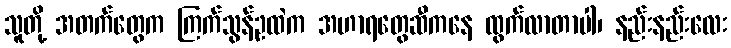
သူတို့ အတက်တွေက ကြက်သွန်ဥထဲက အဟာရတွေဆီကနေ ထွက်လာတာပါ၊ နည်းနည်းလေး